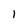
Character: 1